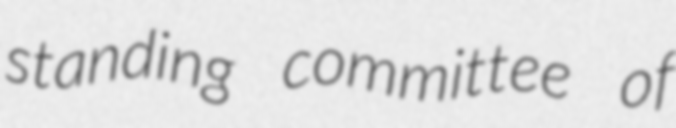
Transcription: standing committee of